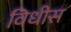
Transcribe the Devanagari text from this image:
विधीस